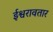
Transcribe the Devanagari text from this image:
ईश्वरावतार